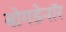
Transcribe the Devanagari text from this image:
बोगडेनॉर